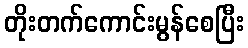
တိုးတက်ကောင်းမွန်စေပြီး